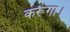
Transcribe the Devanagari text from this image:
कर्रूँगा।